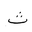
Letter: _tha